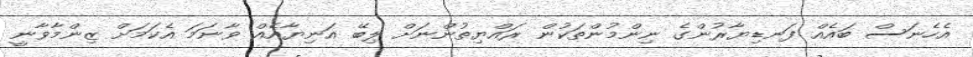
އެހެނަސް ބައެއް ފަނޑިޔާރުންގެ ނިންމުންތަކުން ރައްޔިތުންނަށް ލިބޭ އަނިޔާއެއް ވާނަމަ އެކަމަށް ޒިންމާވާނީ